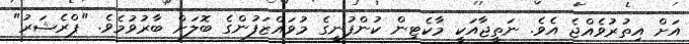
އަށް އިތުރުވެއްޖެ އެވެ. ނަތީޖާއަކީ މާކެޓިން ކުންފުނީގެ މުވައްޒަފުންގެ ބޮލަށް ބާރުވުމެވެ. "ޕްރެޝަރު"